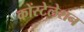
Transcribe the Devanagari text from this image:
कोंस्टेलेशन